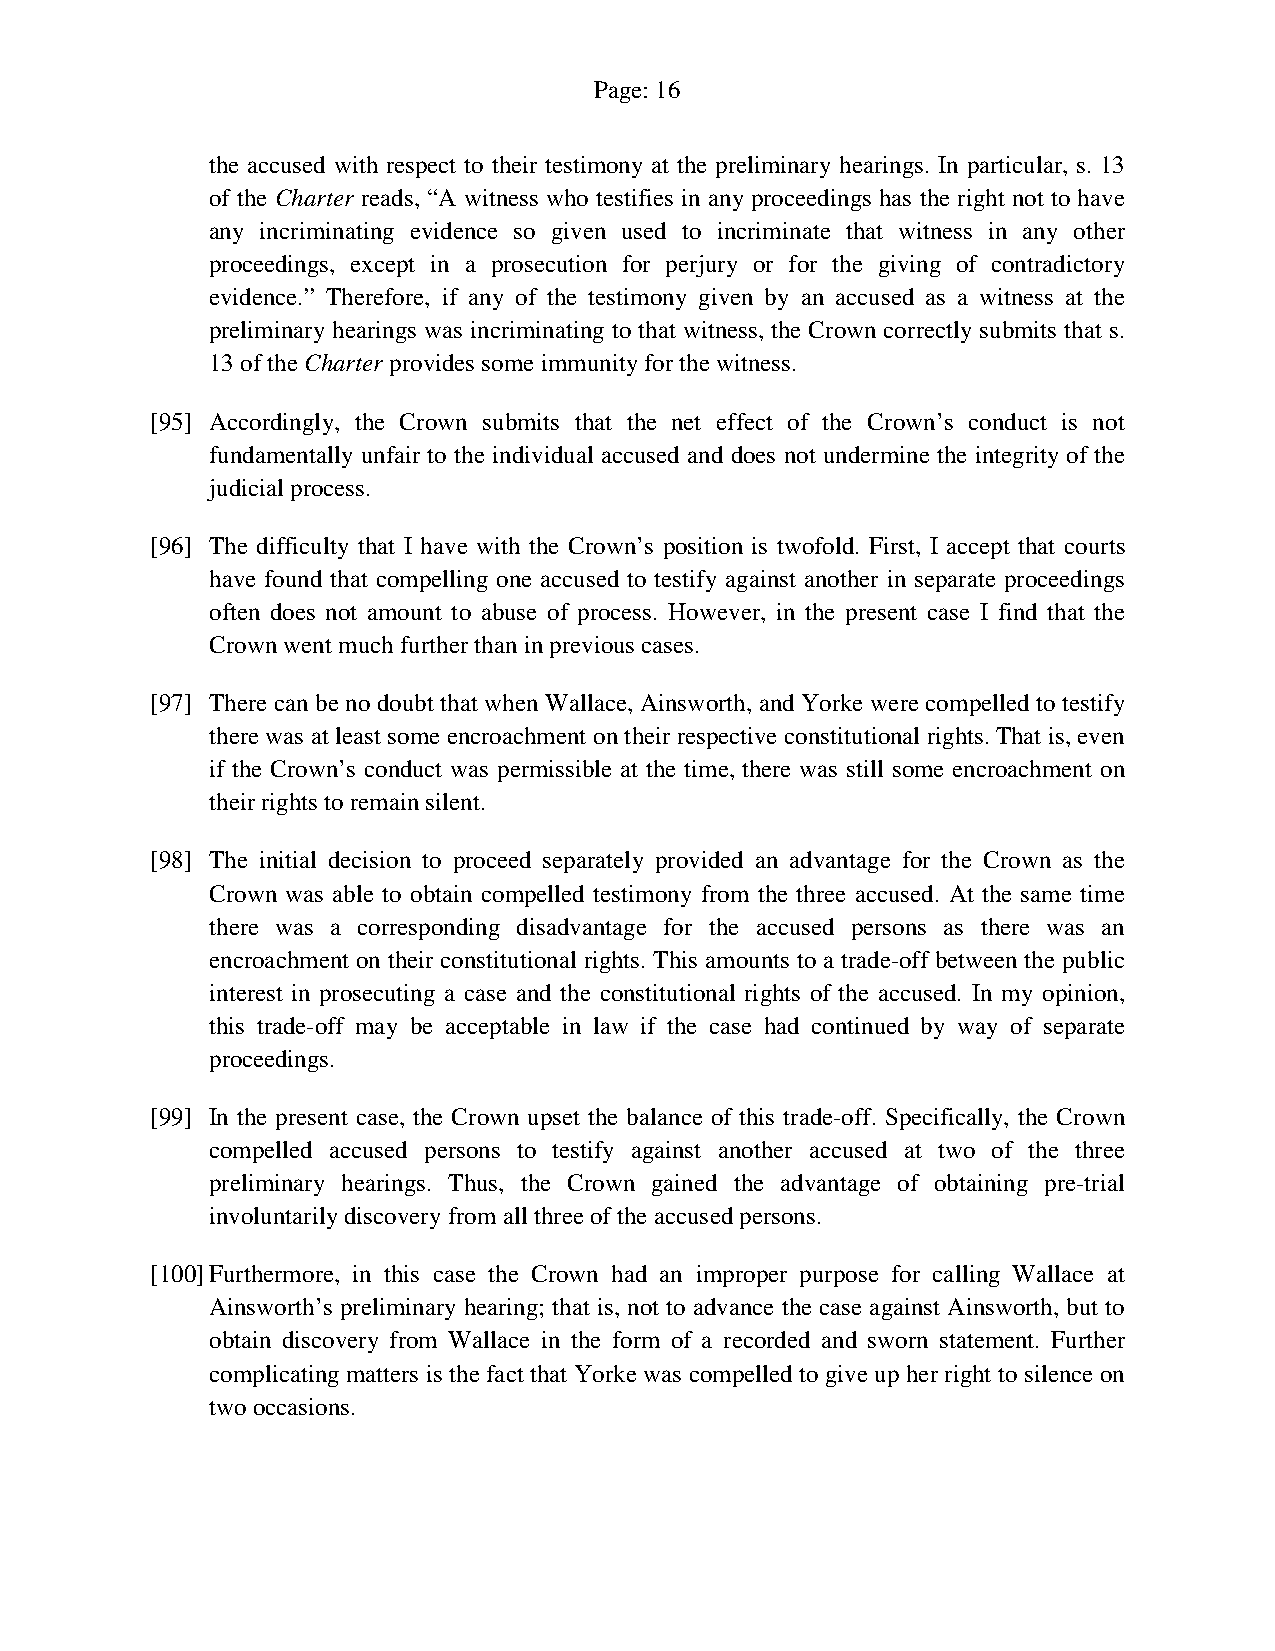
Page: 16
 the accused with respect to their testimony at the preliminary hearings. In particular, s. 13
 of the Charter reads, “A witness who testifies in any proceedings has the right not to have
 any incriminating evidence so given used to incriminate that witness in any other
 proceedings, except in a prosecution for perjury or for the giving of contradictory
 evidence.” Therefore, if any of the testimony given by an accused as a witness at the
 preliminary hearings was incriminating to that witness, the Crown correctly submits that s.
 13 of the Charter provides some immunity for the witness.
 [95] Accordingly, the Crown submits that the net effect of the Crown’s conduct is not
 fundamentally unfair to the individual accused and does not undermine the integrity of the
 judicial process.
 [96] The difficulty that I have with the Crown’s position is twofold. First, I accept that courts
 have found that compelling one accused to testify against another in separate proceedings
 often does not amount to abuse of process. However, in the present case I find that the
 Crown went much further than in previous cases.
 [97] There can be no doubt that when Wallace, Ainsworth, and Yorke were compelled to testify
 there was at least some encroachment on their respective constitutional rights. That is, even
 if the Crown’s conduct was permissible at the time, there was still some encroachment on
 their rights to remain silent.
 [98] The initial decision to proceed separately provided an advantage for the Crown as the
 Crown was able to obtain compelled testimony from the three accused. At the same time
 there was a corresponding disadvantage for the accused persons as there was an
 encroachment on their constitutional rights. This amounts to a trade-off between the public
 interest in prosecuting a case and the constitutional rights of the accused. In my opinion,
 this trade-off may be acceptable in law if the case had continued by way of separate
 proceedings.
 [99] In the present case, the Crown upset the balance of this trade-off. Specifically, the Crown
 compelled accused persons to testify against another accused at two of the three
 preliminary hearings. Thus, the Crown gained the advantage of obtaining pre-trial
 involuntarily discovery from all three of the accused persons.
 [100] Furthermore, in this case the Crown had an improper purpose for calling Wallace at
 Ainsworth’s preliminary hearing; that is, not to advance the case against Ainsworth, but to
 obtain discovery from Wallace in the form of a recorded and sworn statement. Further
 complicating matters is the fact that Yorke was compelled to give up her right to silence on
 two occasions.